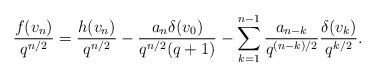
LaTeX: \begin{align*}\frac{f(v_n)}{q^{n/2}}=\frac{h(v_n)}{q^{n/2}}-\frac{a_n\delta(v_0)}{q^{n/2}(q+1)}-\sum_{k=1}^{n-1}\frac{a_{n-k}}{q^{{(n-k)}/2}}\frac{\delta(v_{k})}{q^{k/2}}.\end{align*}